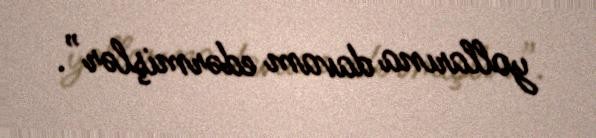
yollarına davam edərmişlər”.